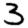
Digit: 3